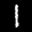
Label: 1